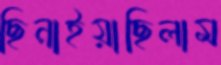
ছিনাইয়াছিলাম